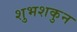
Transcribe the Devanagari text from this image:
शुभशकुन